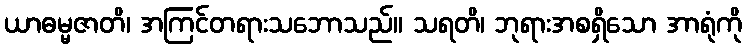
ယာဓမ္မဇာတိ၊ အကြင်တရားသဘောသည်။ သရတိ၊ ဘုရားအစရှိသော အာရုံကို